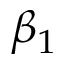
\beta _ { 1 }